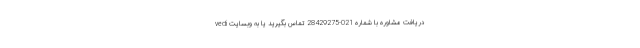
دریافت مشاوره با شماره 021-28429275 تماس بگیرید یا به وبسایت vedi